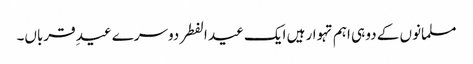
مسلمانوں کے دو ہی اہم تہوار ہیں ایک عید الفطر دوسرے عیدِ قرباں۔